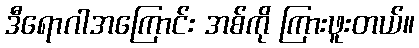
ဒီရောဂါအကြောင်း အစ်ကို ကြားဖူးတယ်။